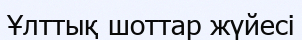
Ұлттық шоттар жүйесі